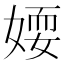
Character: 𡞾